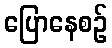
ပြောနေစဉ်